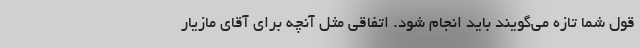
قول شما تازه می‌گویند باید انجام شود. اتفاقی مثل آنچه برای آقای مازیار